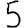
Digit: 5